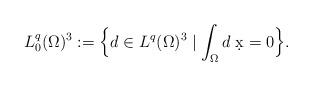
LaTeX: \begin{align*} L^q_0 (\Omega)^3 := \Big\{ d \in L^q(\Omega)^3 \mid \int_{\Omega} d \; \d x = 0 \Big\}.\end{align*}